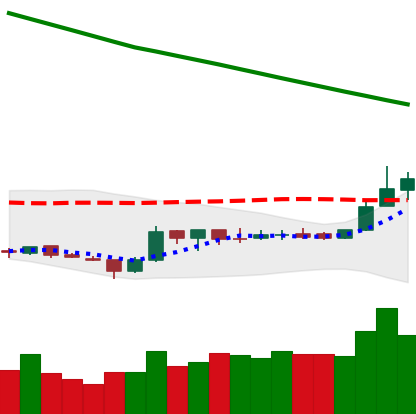
Ticker: ETC-USD
Chart end date: 2019-02-20
Forward return: -8.535%
Label: down_7plus